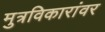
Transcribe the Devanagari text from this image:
मुत्रविकारांवर